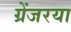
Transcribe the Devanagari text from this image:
ग्रेंजरया